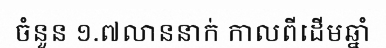
ចំនួន ១.៧លាននាក់ កាលពីដើមឆ្នាំ